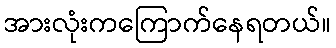
အားလုံးကကြောက်နေရတယ်။